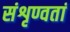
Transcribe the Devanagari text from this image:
संशृण्वतां